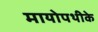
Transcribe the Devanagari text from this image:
मायोपथीके